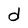
Character: d